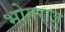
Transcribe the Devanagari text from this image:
भोगराजु